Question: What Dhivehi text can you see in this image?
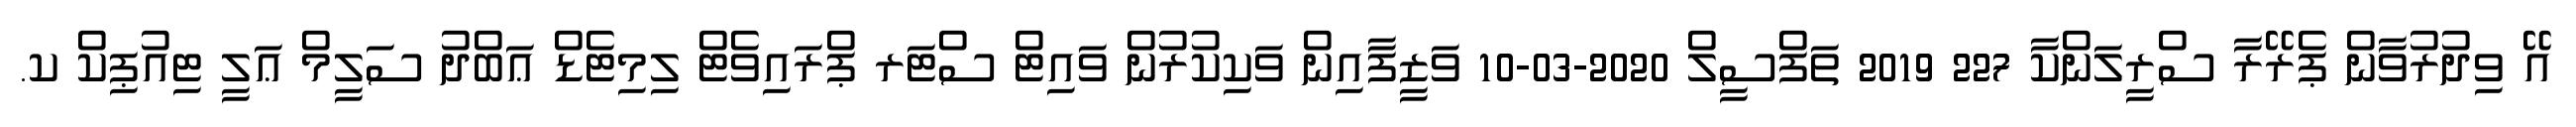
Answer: އޭ ވިދުރުވާން ޕެރޭރާ ސްރީލަންކާ 227 2019 ތަފްސީލް 2020-03-10 ވަޒީފާއިން ވަކިކުރުން ވައިޓް ސްޓަރ ޕްރައިވެޓް ލިމިޓެޑް ޢަބްދު ސަލީމް ޢަލީ ޓިއުޕިކް ކ.